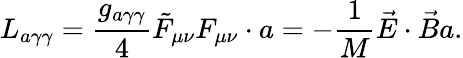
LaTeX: L_{a\gamma\gamma}=\frac{g_{a\gamma\gamma}}{4}\tilde{F}_{\mu\nu}F_{\mu\nu}\cdot a=-\frac{1}{M}\vec{E}\cdot\vec{B}a.